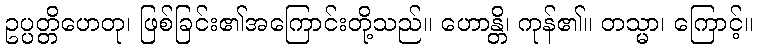
ဥပ္ပတ္တိဟေတု၊ ဖြစ်ခြင်း၏အကြောင်းတို့သည်။ ဟောန္တိ၊ ကုန်၏။ တသ္မာ၊ ကြောင့်။